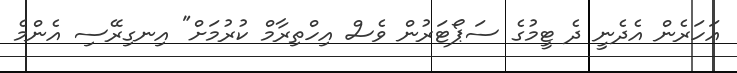
އަހަރެން އެދެނީ ދެ ޓީމުގެ ސަޕޯޓަރުން ވެސް އިހްތިރާމް ކުރުމަށް" އިނގިރޭސި އެންމެ